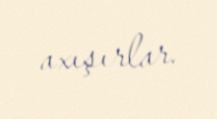
axışırlar.